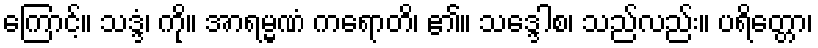
ကြောင့်။ သဒ္ဒံ၊ ကို။ အာရမ္မဏံ ကရောတိ၊ ၏။ သဒ္ဒေါစ၊ သည်လည်း။ ပရိတ္တော၊